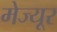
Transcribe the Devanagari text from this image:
मेज्यूर